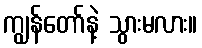
ကျွန်တော်နဲ့ သွားမလား။